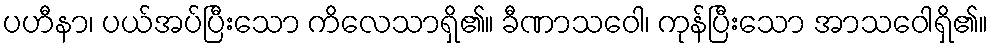
ပဟီနာ၊ ပယ်အပ်ပြီးသော ကိလေသာရှိ၏။ ခီဏာသဝေါ၊ ကုန်ပြီးသော အာသဝေါရှိ၏။